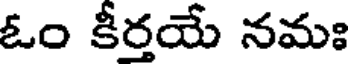
ఓం కీర్తయే నమః